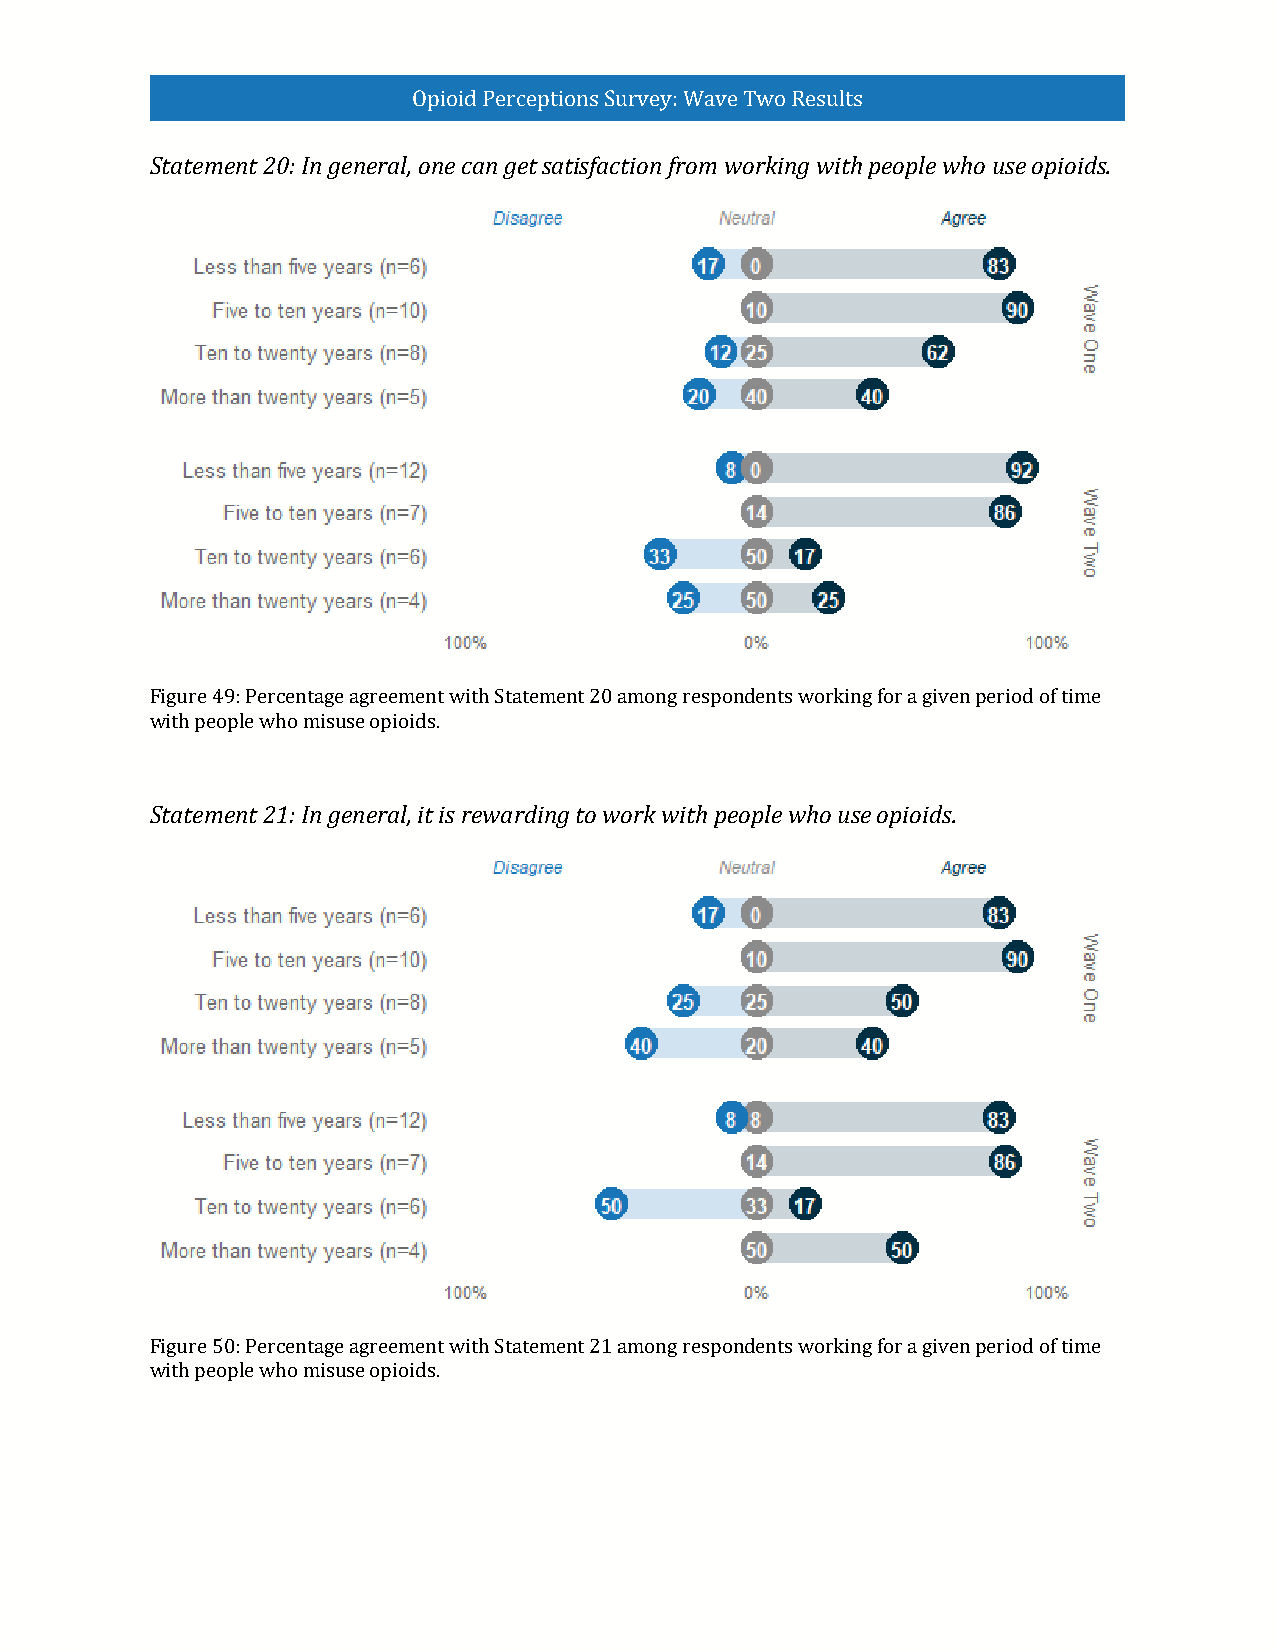
Opioid Perceptions Survey: Wave Two Results
 Statement 20: In general, one can get satisfaction from working with people who use opioids.
 Figure 49: Percentage agreement with Statement 20 among respondents working for a given period of time
 with people who misuse opioids.
 Statement 21: In general, it is rewarding to work with people who use opioids.
 Figure 50: Percentage agreement with Statement 21 among respondents working for a given period of time
 with people who misuse opioids.